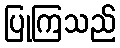
ပြုကြသည်